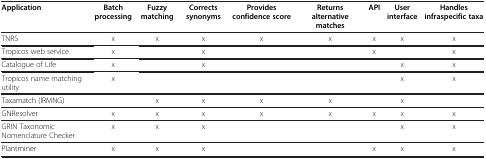
| Application | Batch processing | Fuzzy matching | Corrects synonyms | Provides confidence score | Returns alternative matches | API | User interface | Handles infraspecific taxa |
 | --- | --- | --- | --- | --- | --- | --- | --- | --- |
 | TNRS | x | x | x | x | x | x | x | x |
 | Tropicos web service | x |  | x |  |  | x |  | x |
 | Catalogue of Life | x |  | x |  |  |  | x | x |
 | Tropicos name matching utility | x |  |  |  |  |  | x | x |
 | Taxamatch (IRMNG) |  | x | x | x | x |  | x |  |
 | GNResolver | x | x | x | x | x | x | x | x |
 | GRIN Taxonomic Nomenclature Checker | x | x | x |  |  |  | x | x |
 | Plantminer | x | x | x |  |  | x | x | x |